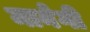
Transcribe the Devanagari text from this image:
मानेगी